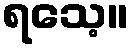
ရသေ့။